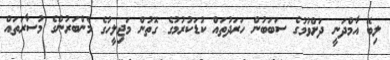
ލިބޭ އާމްދަނީ ދަށްވުމުގެ ސަބަބުން ހަރަދުތައް ކުޑަކުރުމުގެ ގޮތުން މަޖިލީހުގެ މެންބަރުންގެ މުސާރަތައް